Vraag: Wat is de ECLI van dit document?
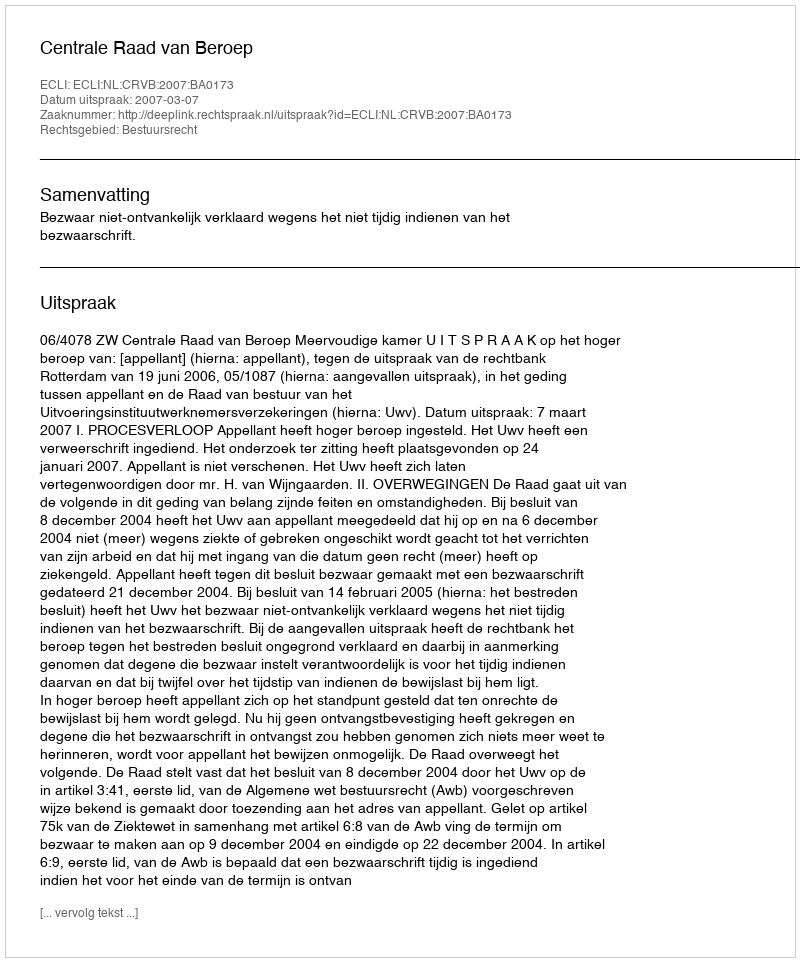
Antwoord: ECLI:NL:CRVB:2007:BA0173